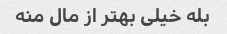
بله خیلی بهتر از مال منه